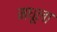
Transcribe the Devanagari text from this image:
मधूला